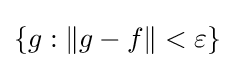
\{g:\|g-f\|<\varepsilon \}